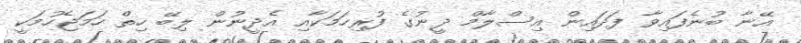
އޭނާ ބުނެފައިވާ ފަދައިން އިސްލާމް ދީނުގެ ފުރިހަމަކާއި އެދީނުން ލިބޭ ހިތް ހަމަޖެހުމަކީ